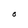
Character: O